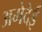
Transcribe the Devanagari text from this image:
अमेदेई